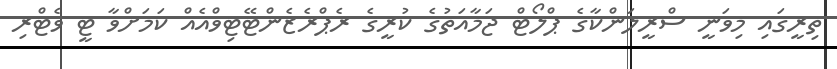
ތިރީގައި މިވަނީ ސްރީލަންކާގެ ޕްލޯޓް ޖަމާއަތުގެ ކުރީގެ ރެޕްރެޒެންޓޭޓިވްއެއް ކަމަށްވާ ޓީ ވެޓްރި